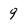
Character: 9